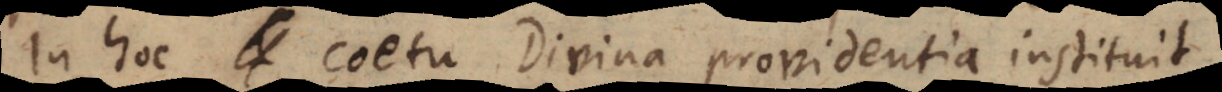
In hoc coetu Divina providentia instituit